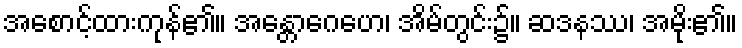
အစောင့်ထားကုန်၏။ အန္တောဂေဟေ၊ အိမ်တွင်း၌။ ဆဒနဿ၊ အမိုး၏။